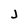
Character: J